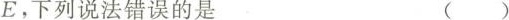
E。下列说法错误的是()